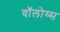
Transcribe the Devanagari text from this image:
वॉलोय्स